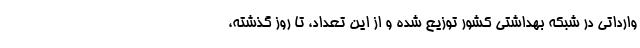
وارداتی در شبکه بهداشتی کشور توزیع شده و از این تعداد، تا روز گذشته،